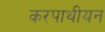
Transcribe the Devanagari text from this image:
करपाथीयन